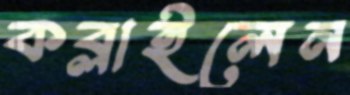
কব্‌লাইলেন